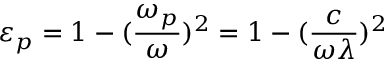
\varepsilon _ { p } = 1 - ( \frac { \omega _ { p } } { \omega } ) ^ { 2 } = 1 - ( \frac { c } { \omega \lambda } ) ^ { 2 }